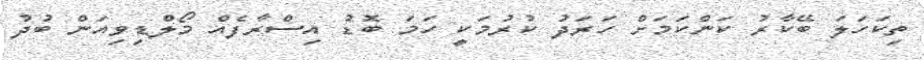
ތިކަހަލަ ބޭކާރު ކަންކަމަށް ހަރަދު ކުރުމަކީ ހަމަ ބޮޑު އިސްރާފެއް މޯލްޑިވިއަން ބުދު